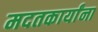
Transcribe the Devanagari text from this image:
मदतकार्यांना